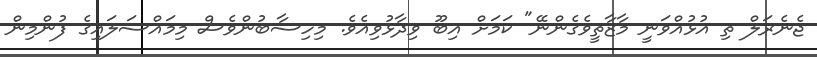
ޖެނެރަލް ތި އުޅުއްވަނީ މާޒާތީވެގެންނޭ" ކަމަށް އިބޫ ވިދާޅުވިއެވެ. މިހިސާބުންވެސް މިމައްސަލައިގެ ފުންމިން